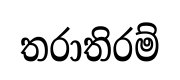
තරාතිරම්